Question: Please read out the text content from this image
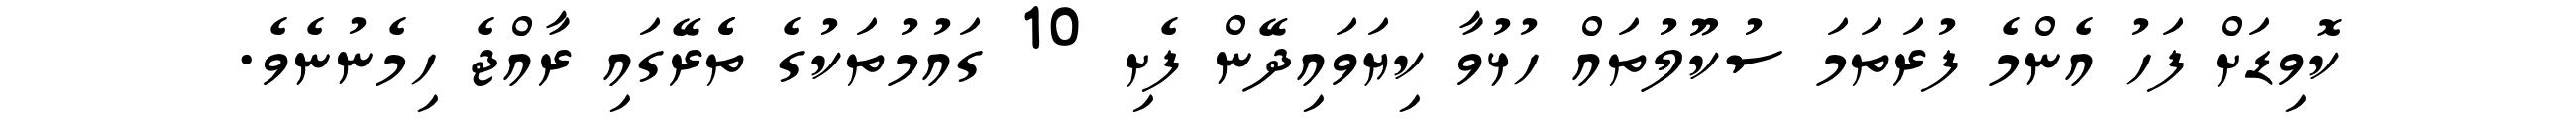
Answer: ކޮވިޑަށް ފަހު އެންމެ ފުރަތަމަ ސުކޫލުތައް ހުޅުވާ ކިޔަވައިދޭން ފެށި 10 ގައުމުތަކުގެ ތެެރޭގައި ރާއްޖެ ހިމެނުނެވެ.